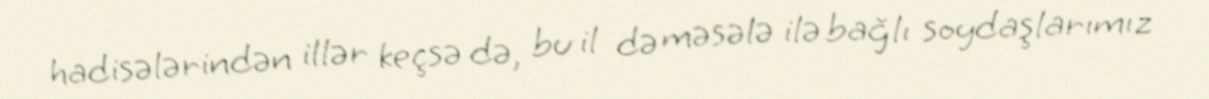
hadisələrindən illər keçsə də, bu il də məsələ ilə bağlı soydaşlarımız